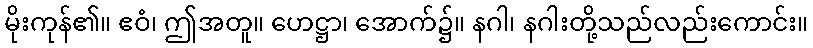
မိုးကုန်၏။ ဧဝံ၊ ဤအတူ။ ဟေဋ္ဌာ၊ အောက်၌။ နဂါ၊ နဂါးတို့သည်လည်းကောင်း။